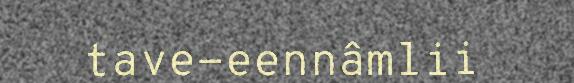
tave-eennâmlii